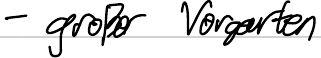
- großer Vorgarten